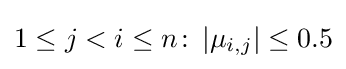
1\leq j<i\leq n\colon \left|\mu _{i,j}\right|\leq 0.5